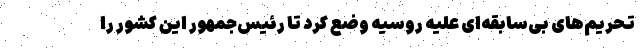
تحریم‌های بی‌سابقه‌ای علیه روسیه وضع کرد تا رئیس‌جمهور این کشور را